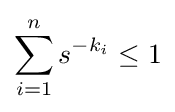
\sum _{i=1}^{n}s^{-k_{i}}\leq 1